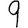
Digit: 9